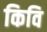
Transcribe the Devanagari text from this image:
किवि